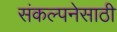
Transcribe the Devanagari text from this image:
संकल्पनेसाठी